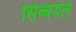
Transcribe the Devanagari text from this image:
सिब्बयल